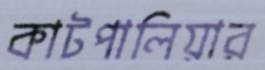
কাটপালিয়ার